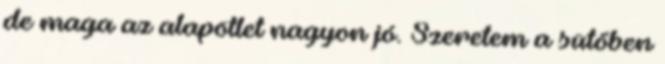
de maga az alapötlet nagyon jó. Szeretem a sütőben